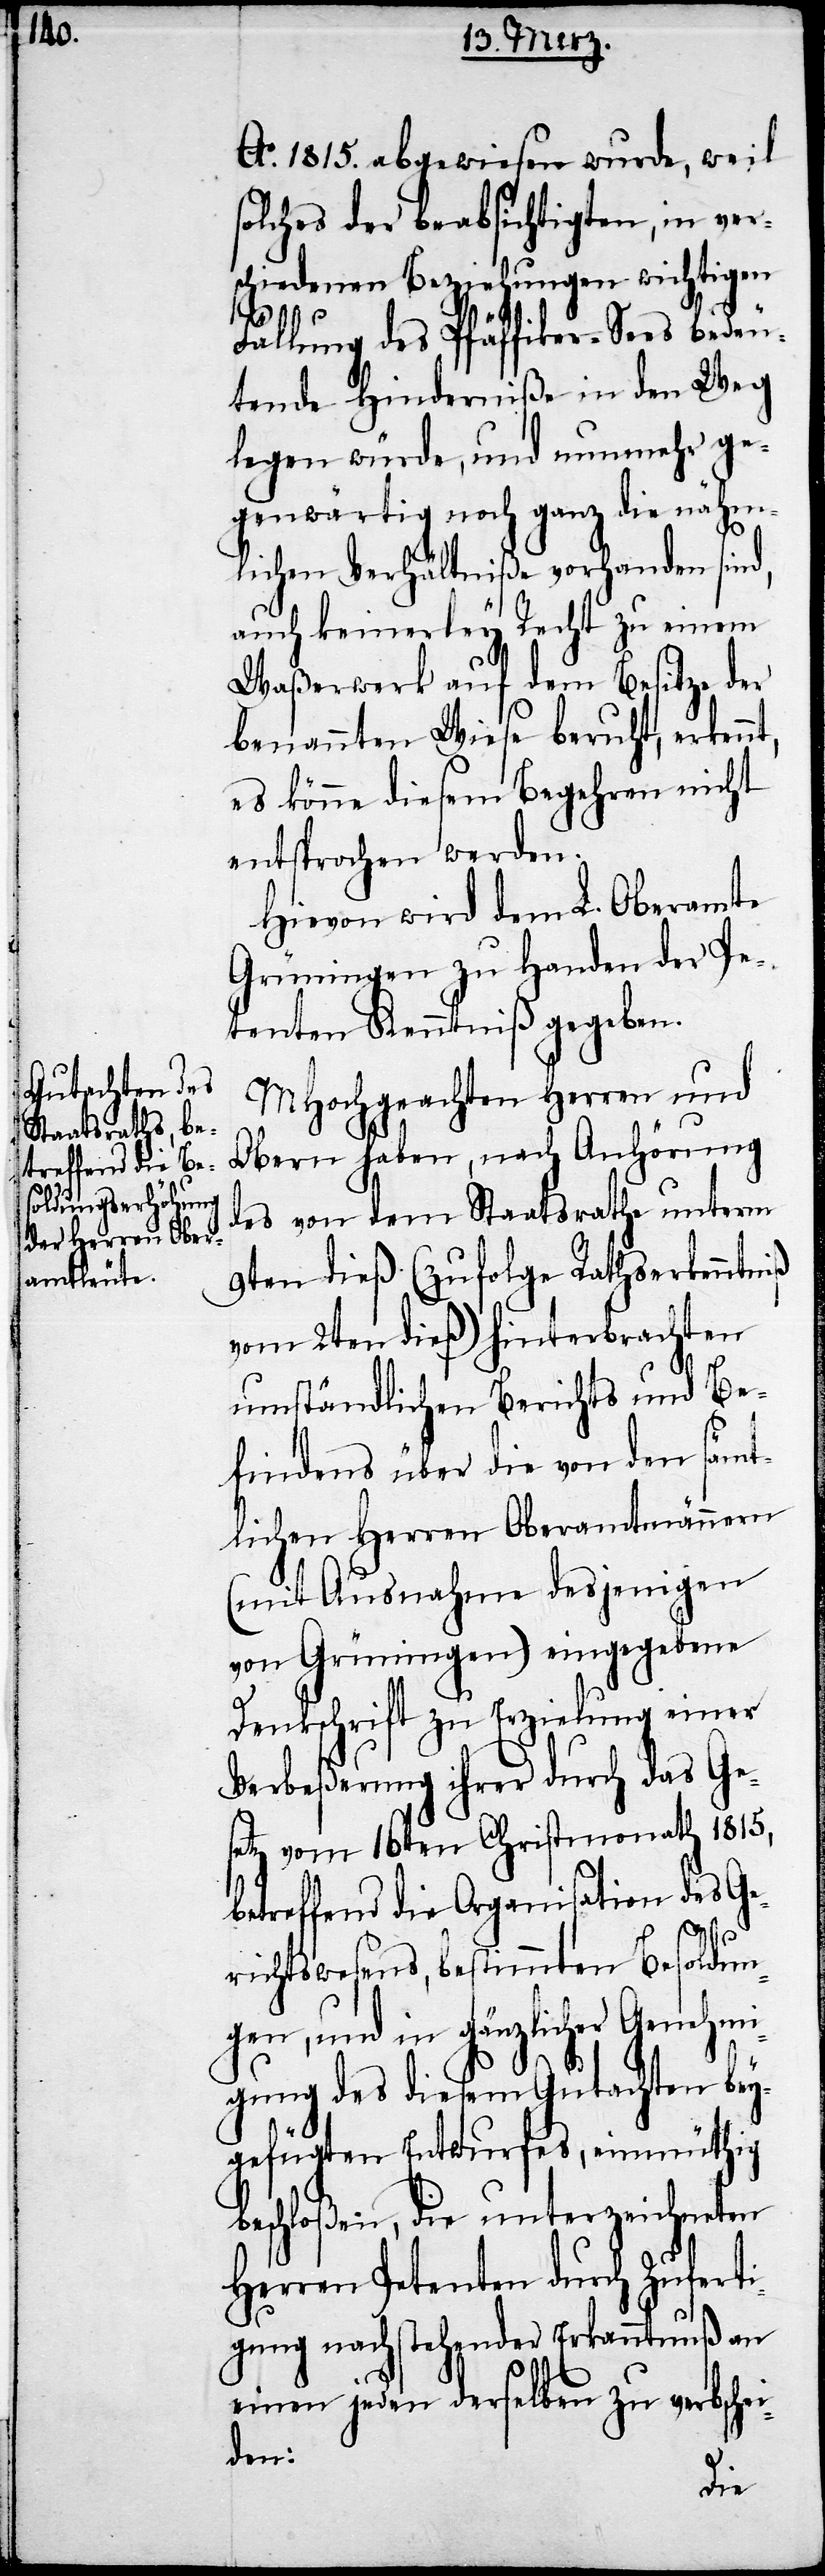
Ao. 1815. abgewiesen wurde, weil
solches der beabsichtigten, in ver¬
schiedenen Beziehungen wichtigen
Fällung des Pfäffiker-Sees bedeu¬
tende Hinderniße in den Weg
legen würde, und nunmehr ge¬
genwärtig noch ganz die nähm¬
lichen Verhältniße vorhanden sind,
auch keinerley Recht zu einem
Waßerwerk auf dem Besitze der
benannten Wiese beruht, erkennt,
es könne diesem Begehren nicht
entsprochen werden.
Hievon wird dem L. Oberamte
Grüningen zu Handen der Pe¬
tenten Kenntniß gegeben.
MHochgeachten Herren und
Obern haben, nach Anhörung
des von dem Staatsrathe unterm
9ten dieß (zufolge Rathserkenntniß
vom 2ten dieß) hinterbrachten
umständlichen Berichts und Be¬
findens über die von den sämt¬
lichen Herren Oberamtmännern
(mit Ausnahme desjenigen
von Grüningen) eingegebene
Denkschrift zu Erzielung einer
Verbeßerung ihrer durch das Ge¬
setz vom 16ten Christmonath 1815,
betreffend die Organisation des Ge¬
richtswesens, bestimmten Besoldun¬
gen, und in gänzlicher Genehmi¬
gung des diesem Gutachten bey¬
gefügten Entwurfes, einmüthig
beschloßen, die unterzeichneten
Herren Petenten durch Zuferti¬
gung nachstehender Erkanntnuß an
einen jeden derselben zu verbsche¬
iden: